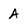
Character: A